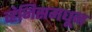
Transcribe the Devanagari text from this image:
व्हेनिसमधून